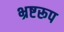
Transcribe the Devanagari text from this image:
भ्रष्टरूप